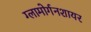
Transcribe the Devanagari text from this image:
ग्लामोर्गनशायर